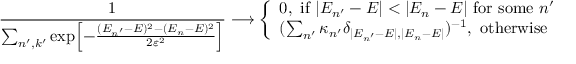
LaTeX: { \frac { 1 } { \sum _ { n ^ { \prime } , k ^ { \prime } } \exp \! \left[ { - { \frac { ( E _ { n ^ { \prime } } - E ) ^ { 2 } - ( E _ { n } - E ) ^ { 2 } } { 2 \varepsilon ^ { 2 } } } } \right] } } \longrightarrow \left\{ \begin{array} { l } { { 0 \mathrm { , ~ i f ~ } | E _ { n ^ { \prime } } - E | < | E _ { n } - E | \mathrm { ~ f o r ~ s o m e ~ } n ^ { \prime } } } \\ { { ( \sum _ { n ^ { \prime } } \kappa _ { n ^ { \prime } } \delta _ { | E _ { n ^ { \prime } } - E | , | E _ { n } - E | } ) ^ { - 1 } \mathrm { , ~ o t h e r w i s e } } } \end{array} \right. .